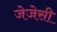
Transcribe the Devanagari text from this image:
जेजेसी